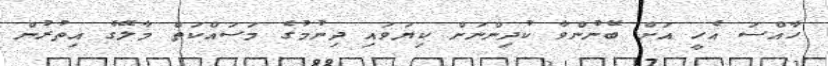
ހާއްސަ އެހީ އަށް ބޭނުންވާ ކުދިންނަށް ކިޔަވައި ދިނުމުގެ މަސައްކަތް މާލޭގެ އިތުރުން